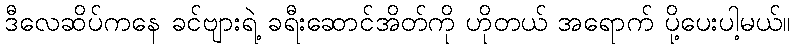
ဒီလေဆိပ်ကနေ ခင်ဗျားရဲ့ ခရီးဆောင်အိတ်ကို ဟိုတယ် အရောက် ပို့ပေးပါ့မယ်။